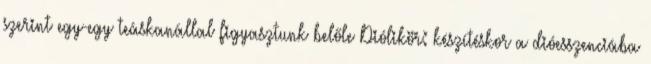
szerint egy-egy teáskanállal figyasztunk belőle Diólikör: készítéskor a dióesszenciába